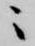
ニ